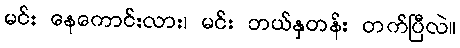
မင်း နေကောင်းလား၊ မင်း ဘယ်နှတန်း တက်ပြီလဲ။